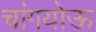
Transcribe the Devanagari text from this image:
चांगयोऊ